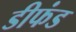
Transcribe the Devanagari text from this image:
डीफंड